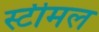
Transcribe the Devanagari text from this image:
स्टीमल